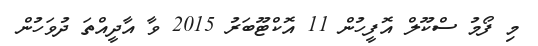
މި ފޯމު ސްކޫލް އޮފީހުން 11 އޮކްޓޫބަރު 2015 ވާ އާދީއްތަ ދުވަހުން